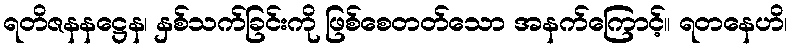
ရတိဇနနဋ္ဌေန၊ နှစ်သက်ခြင်းကို ဖြစ်စေတတ်သော အနက်ကြောင့်။ ရတနေဟိ၊